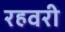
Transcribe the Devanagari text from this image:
रहवरी